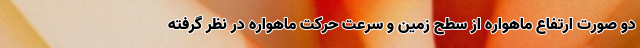
دو صورت ارتفاع ماهواره از سطح زمین و سرعت حرکت ماهواره در نظر گرفته